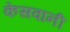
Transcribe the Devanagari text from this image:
केसवानी